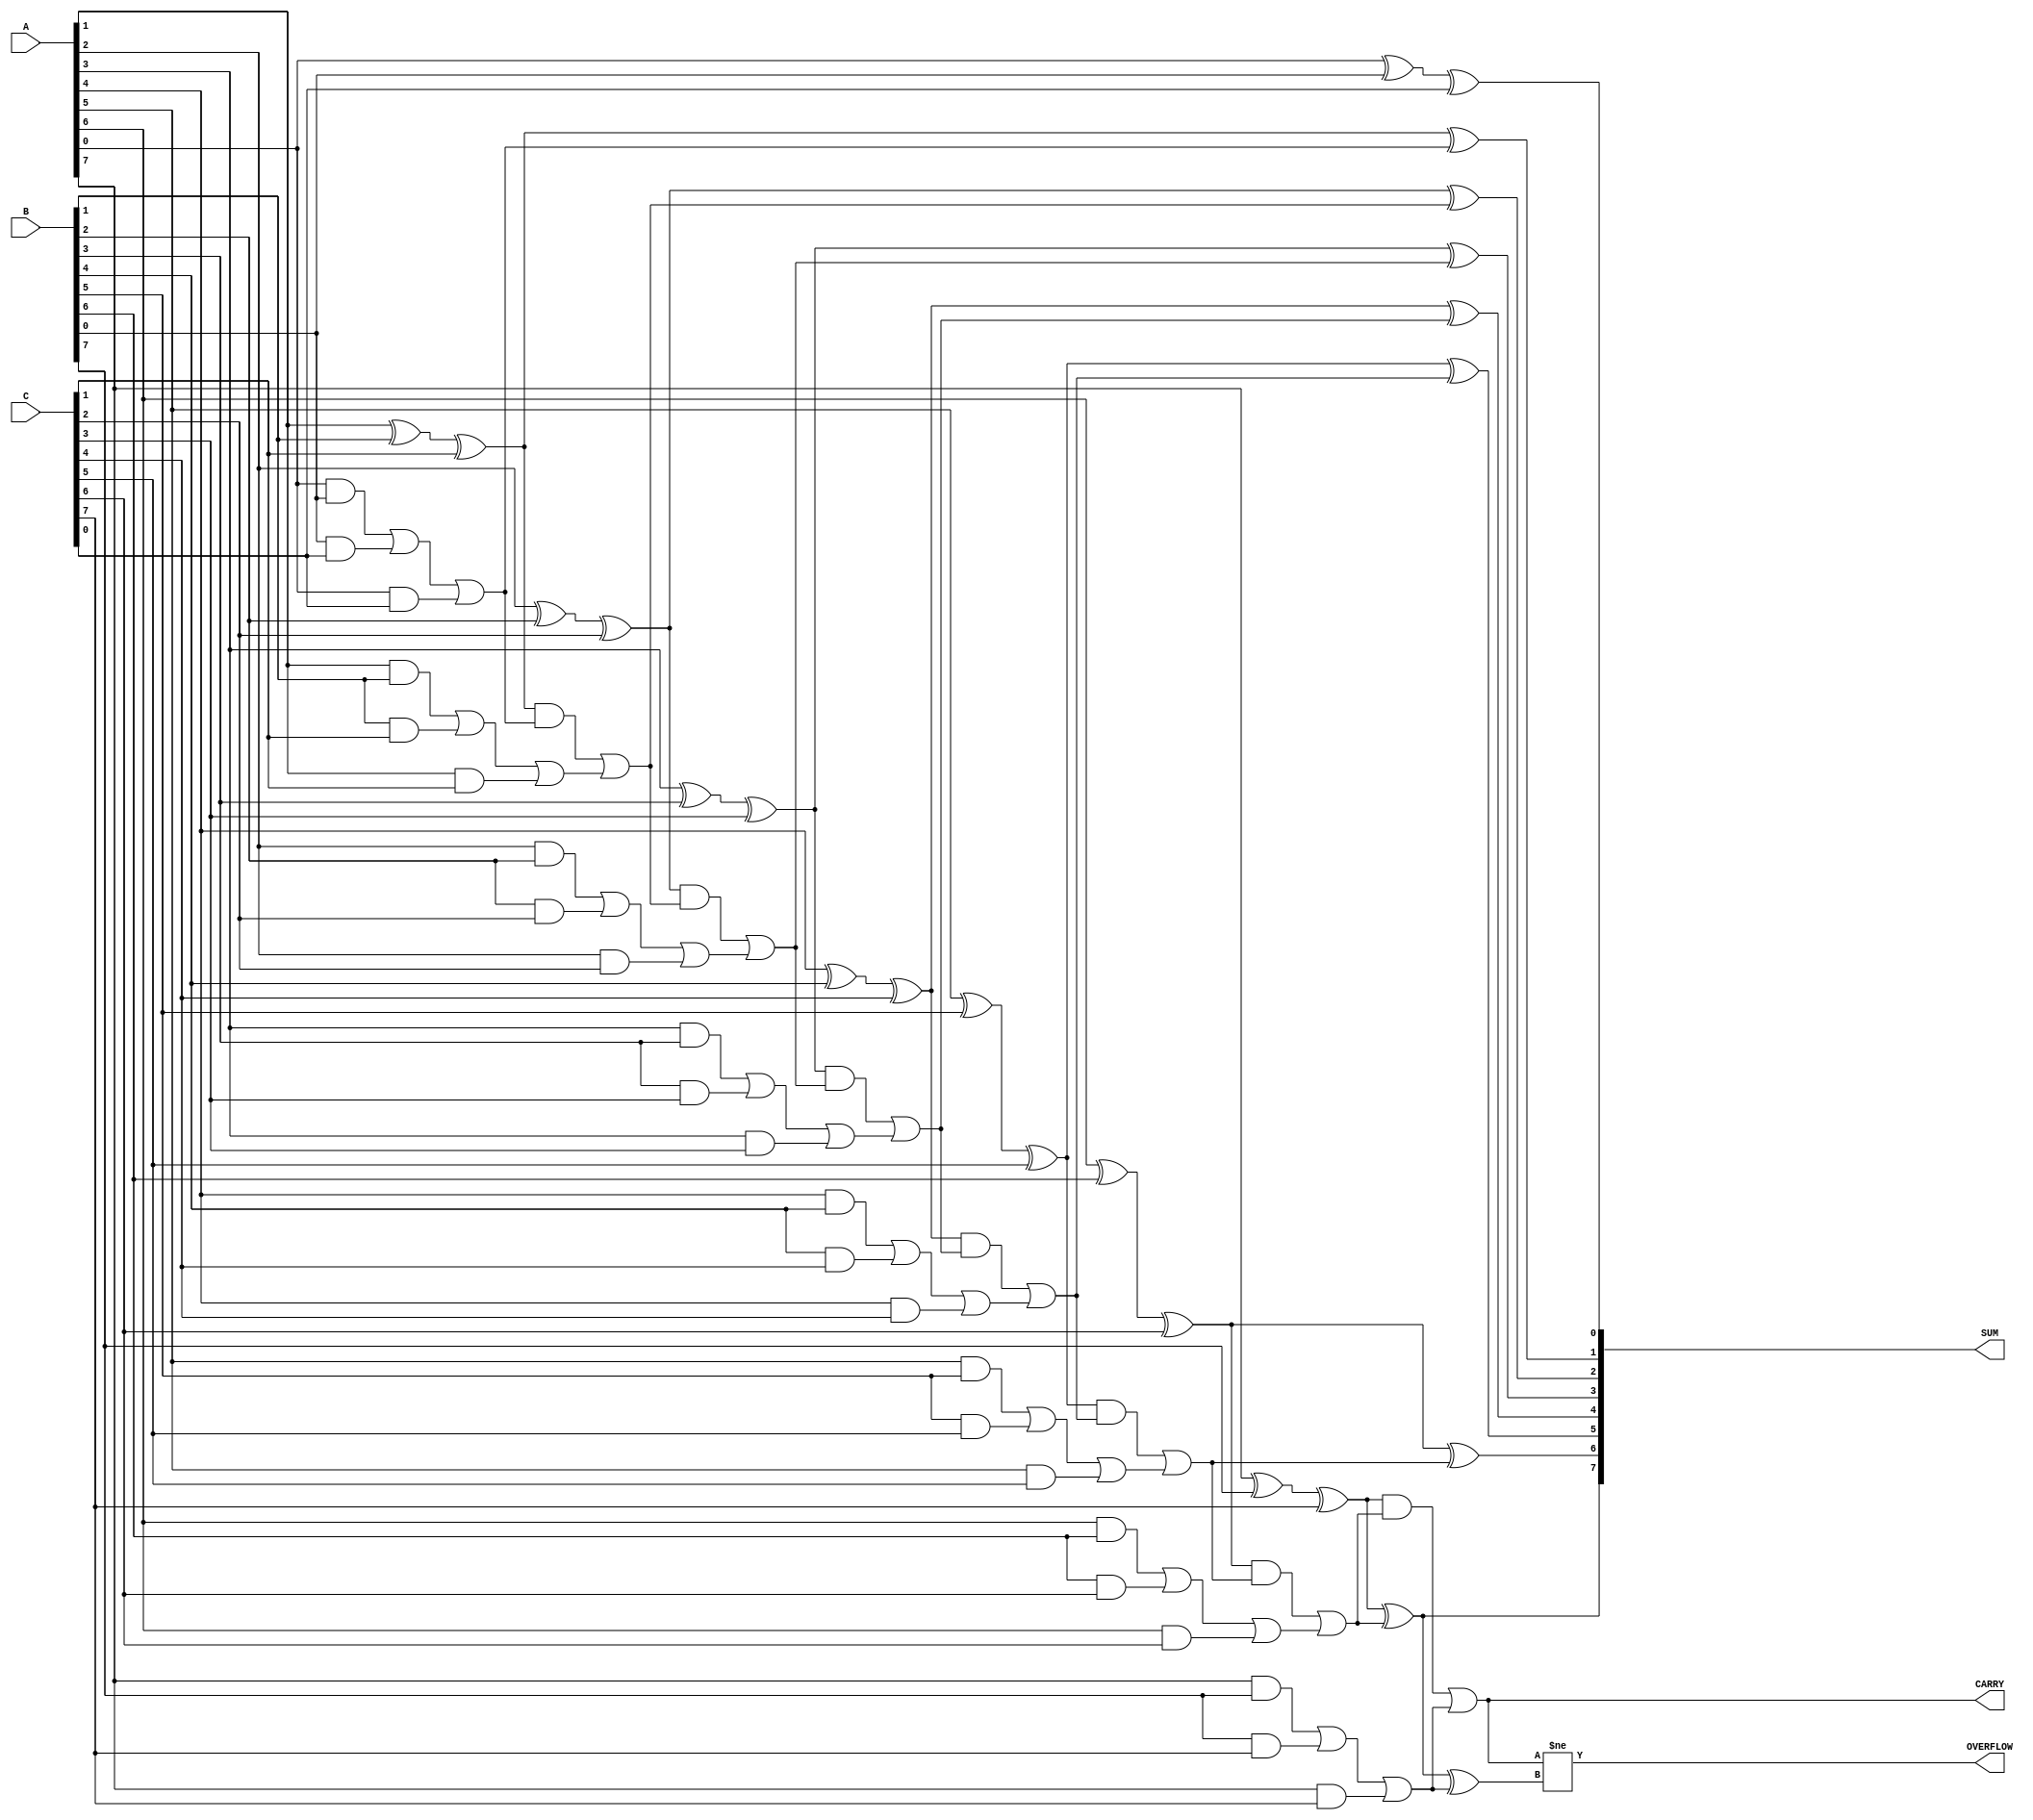
module ModifiedCarrySaveAdder #(
    parameter n = 8  // Define width of operands
)(
    input  [n-1:0] A,  // First operand
    input  [n-1:0] B,  // Second operand
    input  [n-1:0] C,  // Third operand
    output [n-1:0] SUM, // Final sum output
    output CARRY,       // Final carry output
    output OVERFLOW     // Overflow flag
);

    wire [n-1:0] partial_sum; // Partial sums
    wire [n-1:0] carry;        // Carries

    // Generate partial sums and carries for each bit
    genvar i;
    generate
        for (i = 0; i < n; i = i + 1) begin : CSA
            assign partial_sum[i] = A[i] ^ B[i] ^ C[i]; // Sum
            assign carry[i] = (A[i] & B[i]) | (B[i] & C[i]) | (A[i] & C[i]); // Carry
        end
    endgenerate

    // Final addition stage using ripple carry adder
    wire [n-1:0] final_sum;
    wire [n:0] carry_out; // n+1 bits to account for carry out

    // Ripple Carry Adder
    assign carry_out[0] = 0; // Initial carry-in is 0
    generate
        for (i = 0; i < n; i = i + 1) begin : RCA
            assign final_sum[i] = partial_sum[i] ^ carry_out[i]; // Sum bit
            assign carry_out[i+1] = (partial_sum[i] & carry_out[i]) | carry[i]; // Carry out
        end
    endgenerate

    // Final outputs
    assign SUM = final_sum;
    assign CARRY = carry_out[n]; // Carry out from the last bit
    assign OVERFLOW = (CARRY != (SUM[n-1] ^ carry[n-1])); // Check for overflow

endmodule